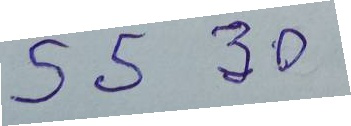
55 - 30